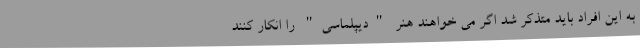
به این افراد باید متذکر شد اگر می خواهند هنر "دیپلماسی" را انکار کنند